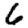
Digit: 6